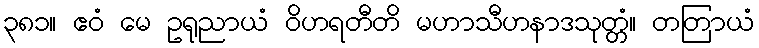
၃၈၁။ ဧဝံ မေ ဥရုညာယံ ဝိဟရတီတိ မဟာသီဟနာဒသုတ္တံ။ တတြာယံ